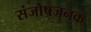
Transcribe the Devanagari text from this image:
संजोषजनक